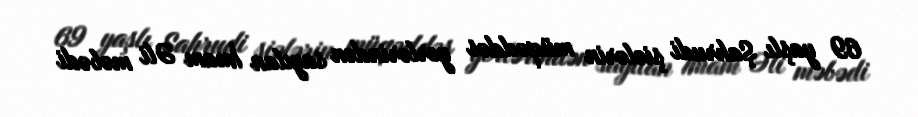
69 yaşlı Şahrudi şiələrin müqəddəs yerlərindən sayılan İmam Əli məbədi